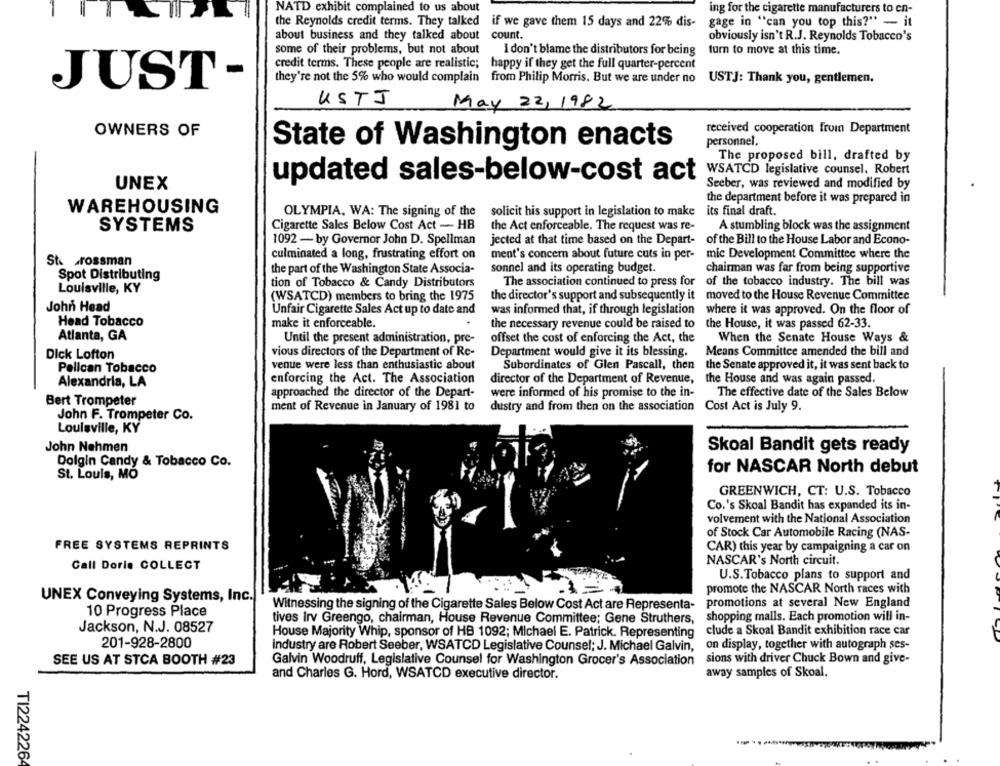
NATD exhibit complained to us about
ing for the cigarette manufacturers to en-
the Reynolds credit terms. They talked
the Reynolds credit terms. They talked if we gave them 15 days and 22% dis-
if we gave them 15 days and 22% dis-
gage in "can you top this?" - it
about business and they talked about
count.
obviously isn't R.J. Reynolds Tobacco's
some of their problems, but not about
I don't blame the distributors for being
turn to move at this time.
credit terms. These people are realistic;
happy if they get the full quarter-percent
they're not the 5% who would complain from Philip Morris. But we are under no
USTJ: Thank you, gentlemen.
JUST-
USTJ
May 22, 1982
received cooperation from Department
OWNERS OF
State of Washington enacts
personnel.
The proposed bill, drafted by
WSATCD legislative counsel. Robert
updated sales-below-cost act
Seeber, was reviewed and modified by
UNEX
the department before it was prepared in
WAREHOUSING
OLYMPIA, WA: The signing of the
solicit his support in legislation to make
its final draft.
SYSTEMS
Cigarette Sales Below Cost Act - HB
the Act enforceable. The request was re-
A stumbling block was the assignment
1092 - by Governor John D. Spellman
jected at that time based on the Depart- of the Bill to the House Labor and Econo-
ment's concern about future cuts in per- mic Development Committee where the
St. Grossman
culminated a long, frustrating effort on
sonnel and its operating budget.
chairman was far from being supportive
Spot Distributing
the part of the Washington State Associa-
tion of Tobacco & Candy Distributors
The association continued to press for of the tobacco industry. The bill was
Louisville, KY
(WSATCD) members to bring the 1975
the director's support and subsequently it moved to the House Revenue Committee
John Head
Unfair Cigarette Sales Act up to date and
was informed that, if through legislation where it was approved. On the floor of
Head Tobacco
make it enforceable.
the necessary revenue could be raised to the House, it was passed 62-33.
Atlanta, GA
Until the present administration, pre-
offset the cost of enforcing the Act, the
When the Senate House Ways &
vious directors of the Department of Rc-
Department would give it its blessing.
Means Committee amended the bill and
Dick Lofton
venue were less than enthusiastic about
Subordinates of Glen Pascall, then the Senate approved it, it was sent back to
Pelican Tobacco
Alexandria, LA
enforcing the Act. The Association
director of the Department of Revenue, the House and was again passed.
approached the director of the Depart-
were informed of his promise to the in-
The effective date of the Sales Below
Bert Trompeter
ment of Revenue in January of 1981 to
dustry and from then on the association
Cost Act is July 9.
John F. Trompeter Co.
Louisville, KY
John Nehmen
Skoal Bandit gets ready
Dolgin Candy & Tobacco Co.
St. Louis, MO
for NASCAR North debut
GREENWICH, CT: U.S. Tobacco
Co.'s Skoal Bandit has expanded its in-
volvement with the National Association
of Stock Car Automobile Racing (NAS-
FREE SYSTEMS REPRINTS
CAR) this year by campaigning a car on
Call Doris COLLECT
NASCAR's North circuit.
U.S.Tobacco plans to support and
promote the NASCAR North races with
UNEX Conveying Systems, Inc.
Witnessing the signing of the Cigarette Sales Below Cost Act are Representa- promotions at several New England
10 Progress Place
tives Irv Greengo, chairman, House Revenue Committee; Gene Struthers,
shopping malls. Each promotion will in-
Jackson, N.J. 08527
House Majority Whip, sponsor of HB 1092; Michael E. Patrick. Representing
clude a Skoal Bandit exhibition race car
201-928-2800
industry are Robert Seeber, WSATCD Legislative Counsel; J. Michael Galvin,
on display, together with autograph ses-
SEE US AT STCA BOOTH #23
sions with driver Chuck Bown and give-
Galvin Woodruff, Legislative Counsel for Washington Grocer's Association
away samples of Skoal.
and Charles G. Hord, WSATCD executive director.
TI2242264